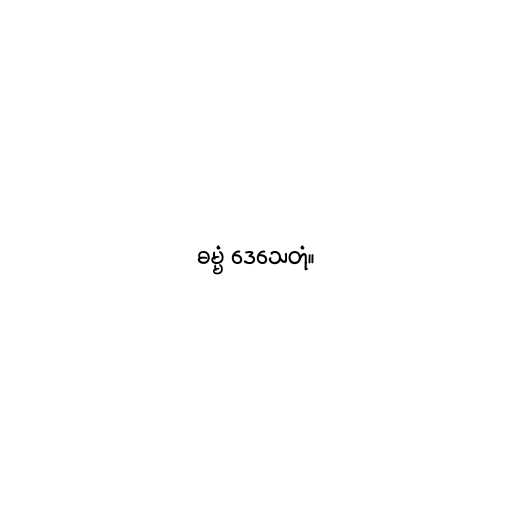
ဓမ္မံ ဒေသေတုံ။